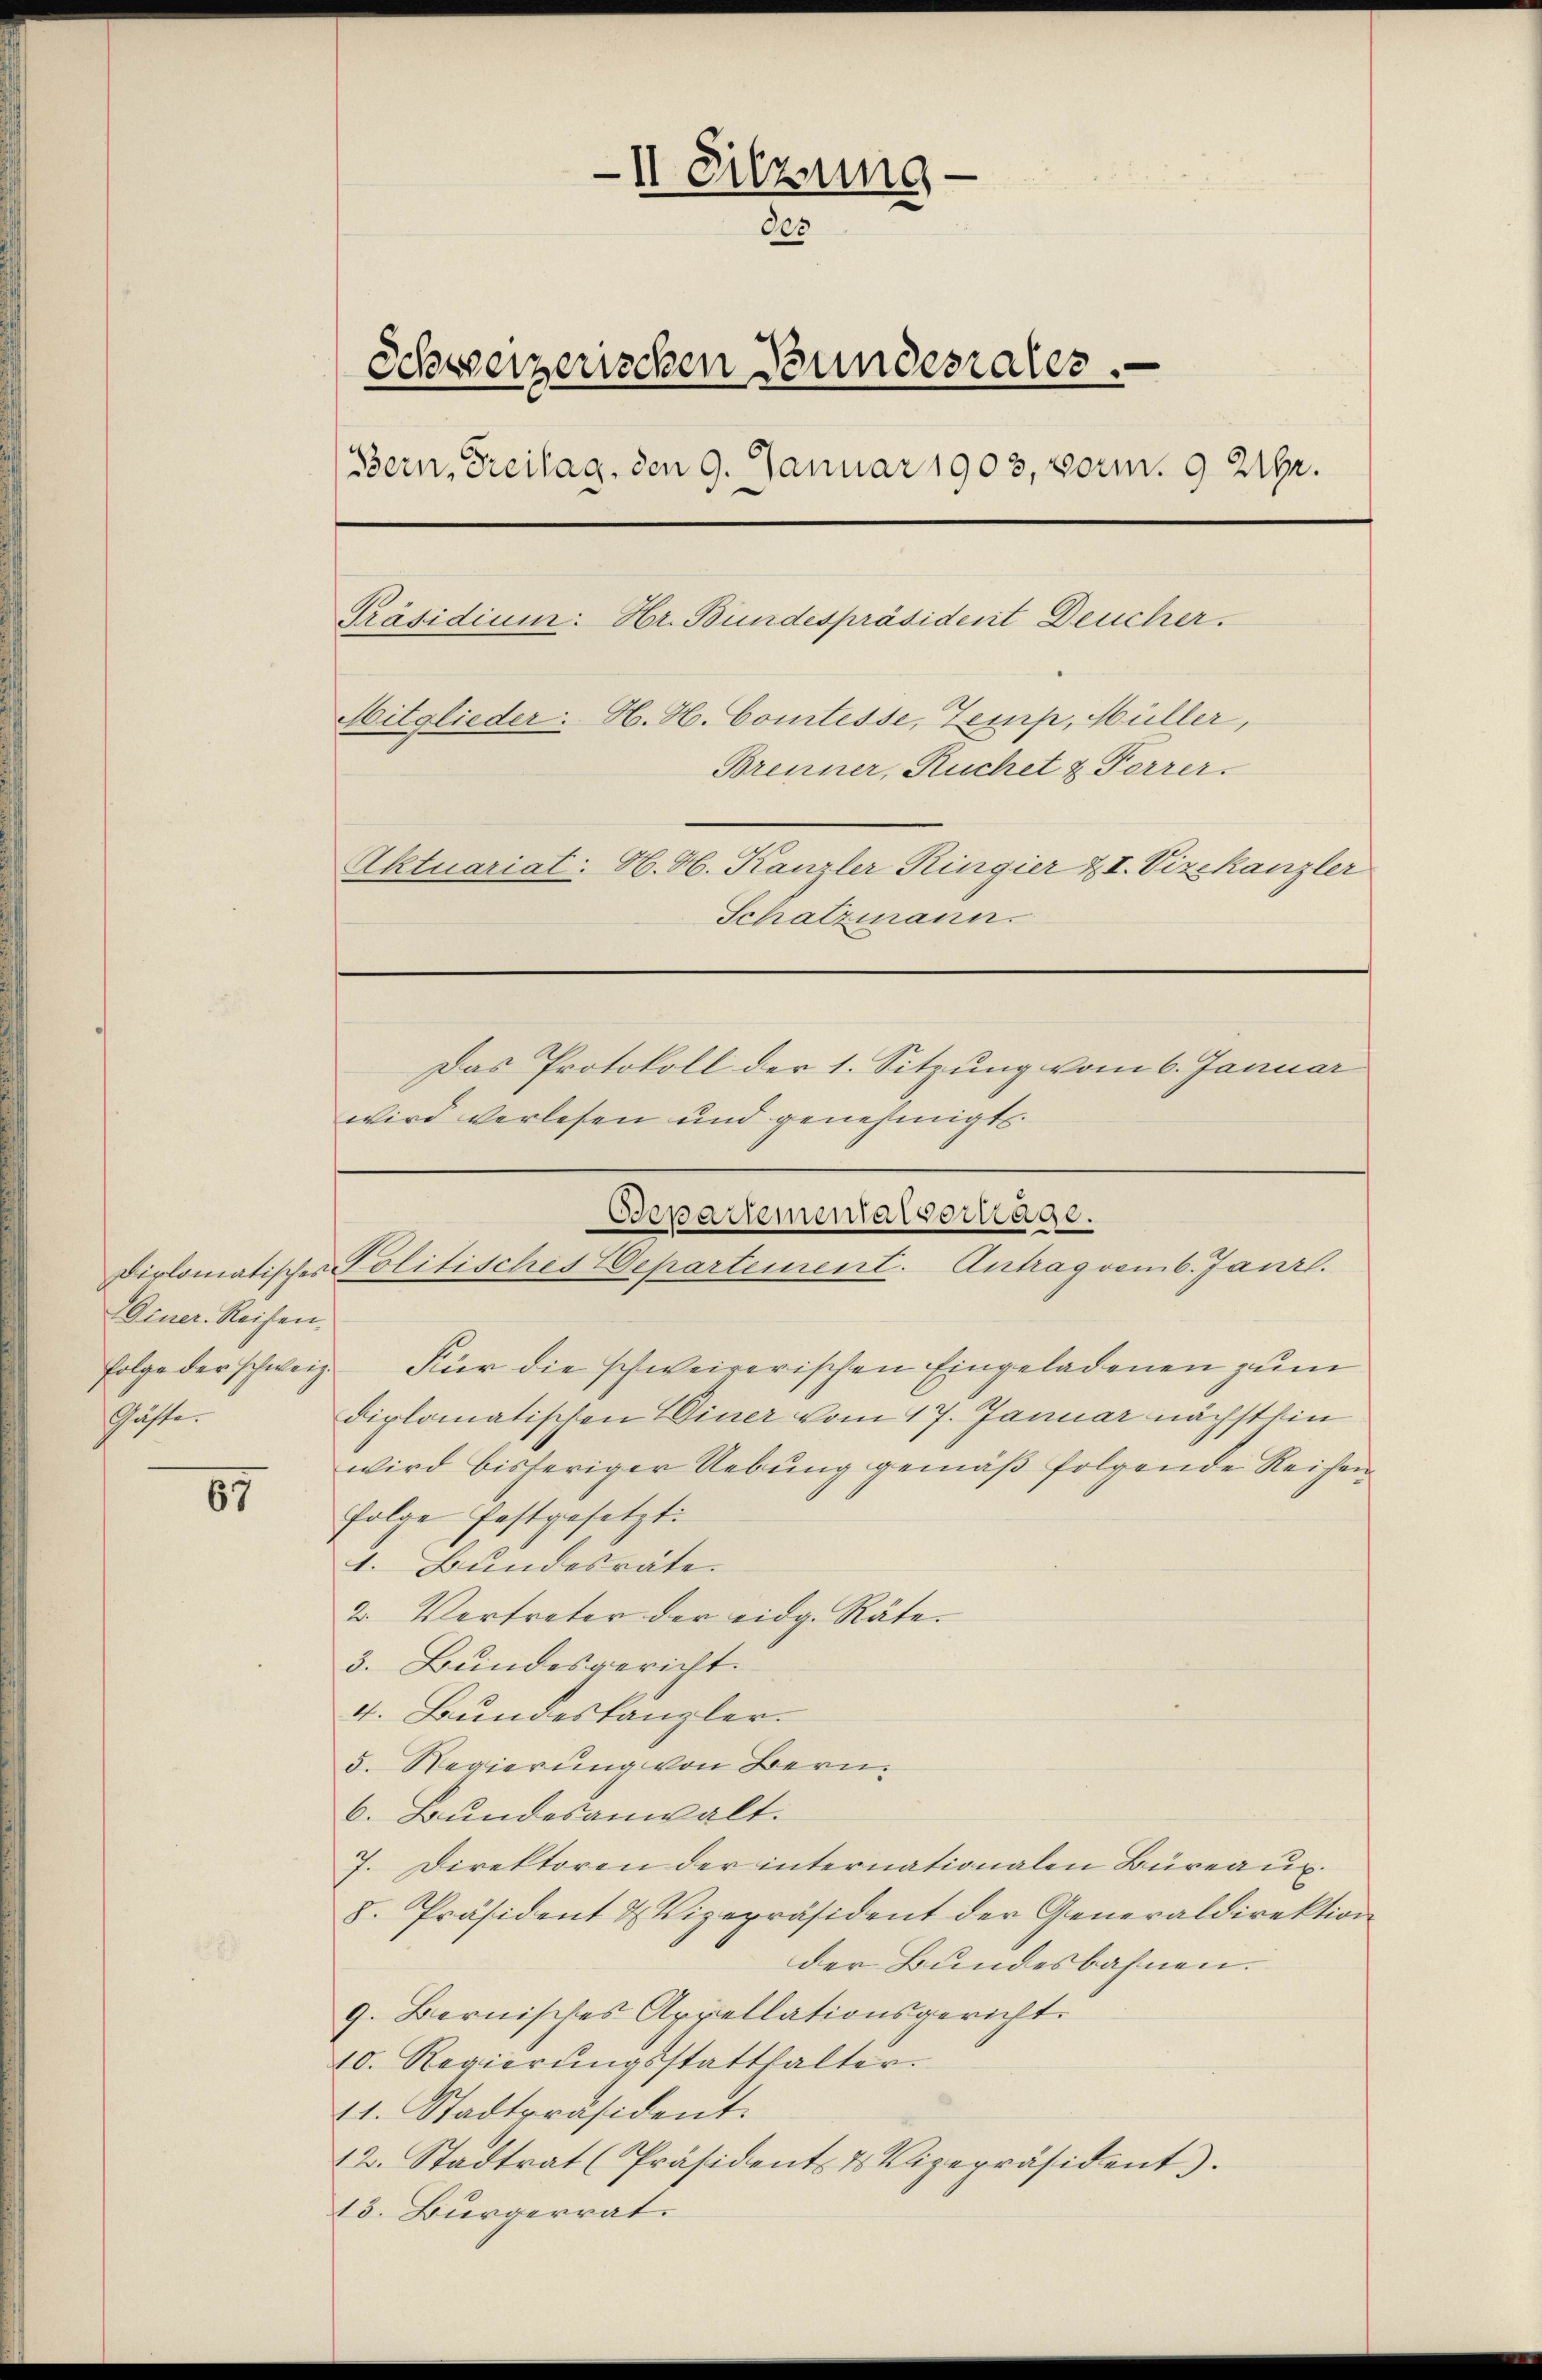
Diner Reisen.
Gäste.

67

II Sitzung
des
Schweizerischen Bundesrates.
Bern, Freilag, den 9. Januar 1903, vorm. 9 21.
Präsidium: Hr. Bundespräsident Deucher.
Mitglieder. H. H. Comtesse, Zemp, Müller,
Brenner, Ruchet & Forrer.
Aktuariat: H. H. Kanzler Ringier XI. Vizekanzler
Schatzmann.
Das Protokoll der 1. Sitzung vom 6. Januar
wird verlesen und genehmigt.

Departemenatsertage.
Dirlomatisches Politisches Departement. Antragvemb. Janr.

folge der schweiz. Für die schweizerischen Eingeladenen zum
diplomatischen Diner vom 17. Januar nächsthin
wird bisheriger Uebung gemäß folgende Reichen
folge festgesetzt:
1. Bundesräte.
2. Vertreter der eidg. Räte.
3. Bundesgericht.
4. Bundeskanzler.
5. Regierung von Bern.
6. Bundesanwalt.
7. Direktoren der internationalen Büreaux.
8. Präsident & Vizepräsident der Generaldirektion
der Bundesbahnen.
9. Bernisches Appellationsgericht.
10. Regierŭngsstatthalter.
11. Stadtpräsident.
12. Stadtrat (Präsident & Vizepräsident).
13. Bürgerrat